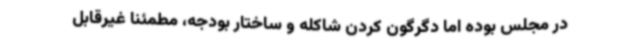
در مجلس بوده اما دگرگون کردن شاکله و ساختار بودجه، مطمئنا غیرقابل